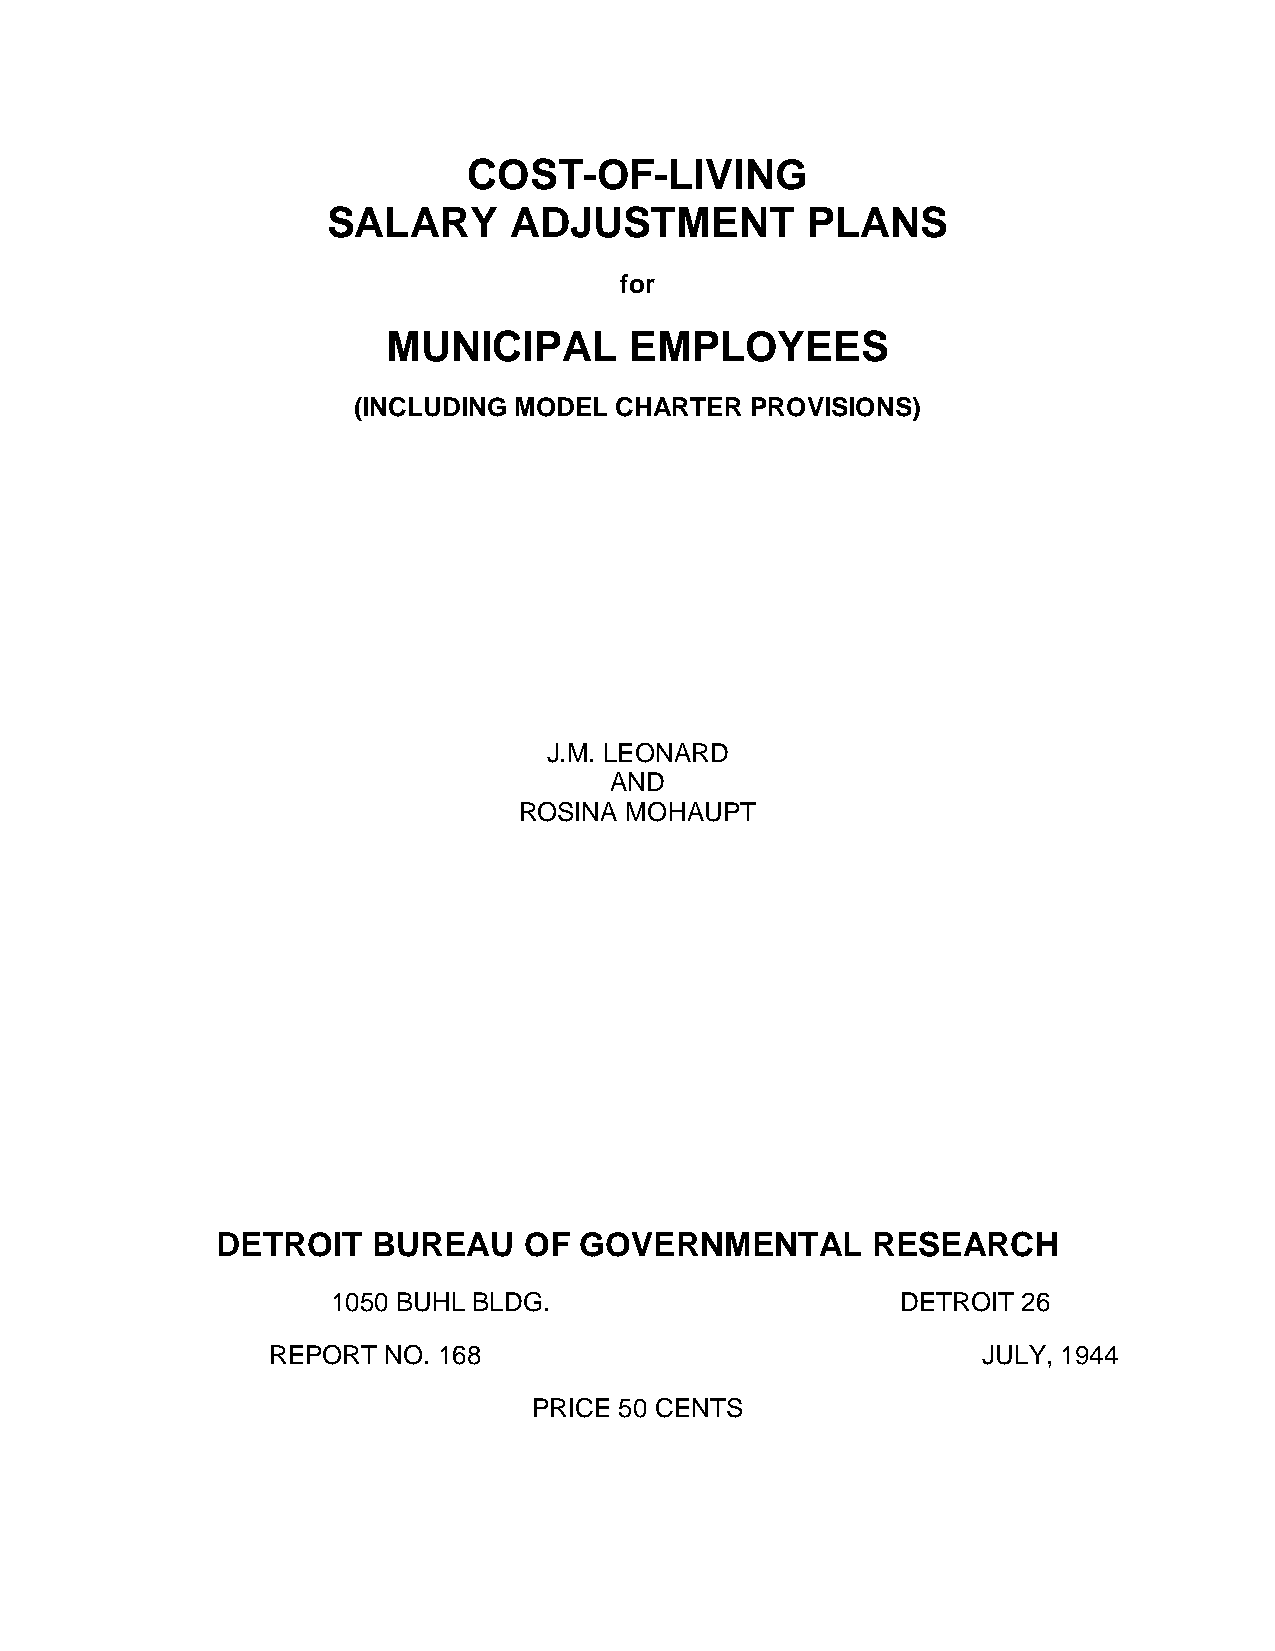
COST-OF-LIVING
 SALARY      ADJUSTMENT         PLANS
 for
 MUNICIPAL       EMPLOYEES
 (INCLUDING MODEL  CHARTER  PROVISIONS)
 J.M. LEONARD
 AND
 ROSINA MOHAUPT
 DETROIT    BUREAU    OF GOVERNMENTAL        RESEARCH
 1050 BUHL BLDG.                       DETROIT 26
 REPORT NO. 168                                 JULY, 1944
 PRICE 50 CENTS